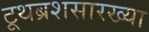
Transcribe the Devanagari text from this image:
टूथब्रशसारख्या